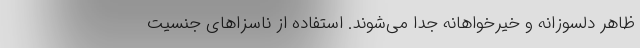
ظاهر دلسوزانه و خیرخواهانه جدا می‌شوند. استفاده از ناسزاهای جنسیت